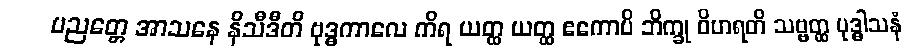
ပညတ္တေ အာသနေ နိသီဒီတိ ဗုဒ္ဓကာလေ ကိရ ယတ္ထ ယတ္ထ ဧကောပိ ဘိက္ခု ဝိဟရတိ သဗ္ဗတ္ထ ဗုဒ္ဓါသနံ